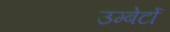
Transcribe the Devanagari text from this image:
उम्बेर्टो